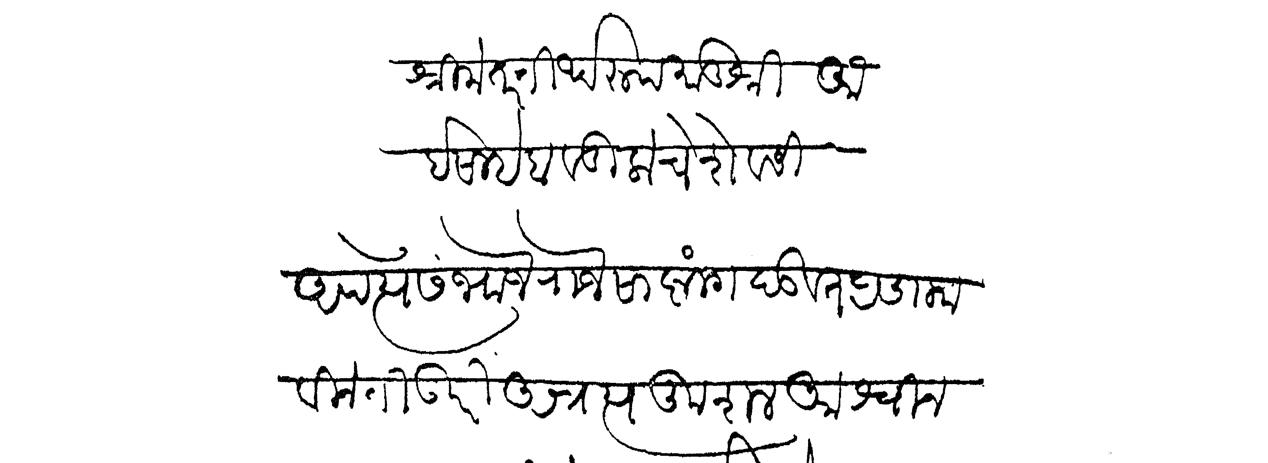
Transliteration (Devanagari): श्रीमंत तीर्थरूप मातुश्री आईसाहेब वडिलाचे शेवेसी अपत्ये संभाजे राजे साष्टांग दंडवत प्रणाम विनंती उपरी अत्रत्य कुशल आश्विन